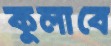
কুলাবে